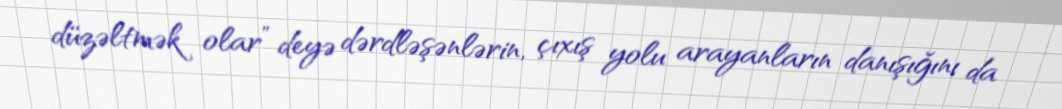
düzəltmək olar” deyə dərdləşənlərin, çıxış yolu arayanların danışığını da